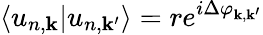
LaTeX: \langle u_{n,\mathbf{k}}|u_{n,\mathbf{k}^{\prime}}\rangle=re^{i\Delta\varphi_{\mathbf{k},\mathbf{k}^{\prime}}}